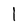
Character: l